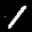
Label: 1